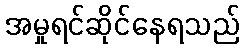
အမှုရင်ဆိုင်နေရသည်